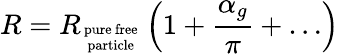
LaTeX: R=R_{\mathrm{pure\ free\atop particle}}\left(1+{\frac{\alpha_{g}}{\pi}}+\dots\right)